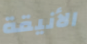
الأنيقة